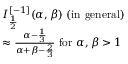
\begin{array} { l } { I _ { \frac { 1 } { 2 } } ^ { [ - 1 ] } ( \alpha , \beta ) { \mathrm { ~ ( i n ~ g e n e r a l ) ~ } } } \\ { \approx { \frac { \alpha - { \frac { 1 } { 3 } } } { \alpha + \beta - { \frac { 2 } { 3 } } } } { \mathrm { ~ f o r ~ } } \alpha , \beta > 1 } \end{array}